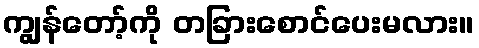
ကျွန်တော့်ကို တခြားစောင်ပေးမလား။